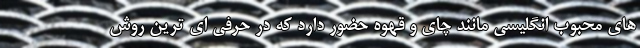
های محبوب انگلیسی مانند چای و قهوه حضور دارد که در حرفی ای ترین روش